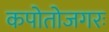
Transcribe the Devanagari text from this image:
कपोतोजगरः